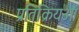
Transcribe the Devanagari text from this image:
प्रतिक्रियओं